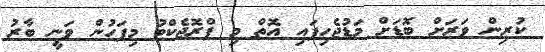
ކުރިން ވަރަށް ބޮޑަށް މަޑުޖެހިފައި އޮތް މި ޕްރޮޖެކްޓު މިފަހުން ވަނީ ބާރު